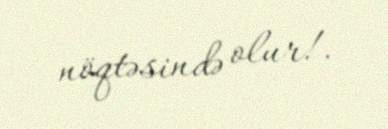
nöqtəsində olur!.